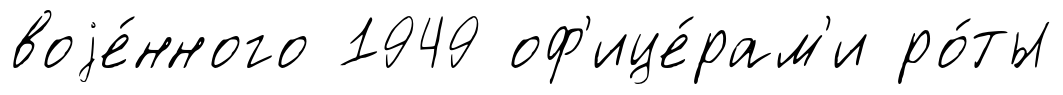
воjе́нного 1949 оф'ице́рам'и ро́ты